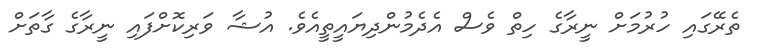
ތެރޭގައި ހުރުމަށް ނީރާގެ ހިތް ވެސް އެދެމުންދިޔައީތީއެވެ. އުޝާ ވަރިކޮށްފައި ނީރާގެ ގާތަށް